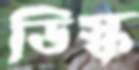
ডিস্ক